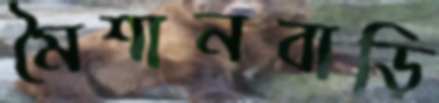
মৈশানবাড়ি